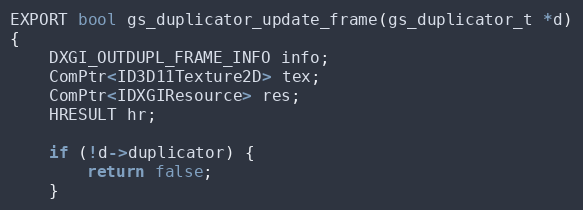
Language: C++
EXPORT bool gs_duplicator_update_frame(gs_duplicator_t *d)
{
	DXGI_OUTDUPL_FRAME_INFO info;
	ComPtr<ID3D11Texture2D> tex;
	ComPtr<IDXGIResource> res;
	HRESULT hr;

	if (!d->duplicator) {
		return false;
	}